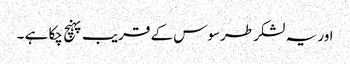
اور یہ لشکر طرسوس کے قریب پہنچ چکا ہے ۔